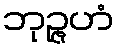
ဘုဉ္ဇဟံ